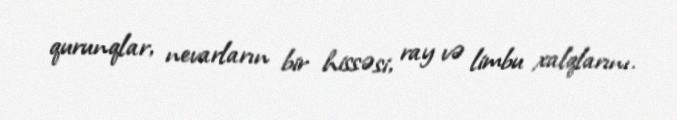
qurunqlar, nevarların bir hissəsi, ray və limbu xalqlarını.